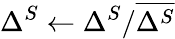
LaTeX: \Delta^{S}\leftarrow\Delta^{S}/\overline{{\Delta^{S}}}